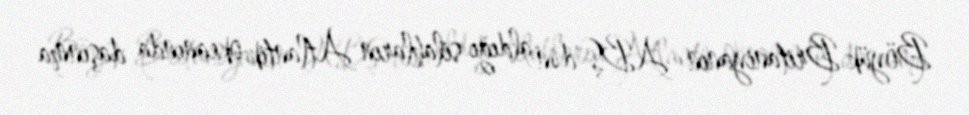
Böyük Britaniyanın ABŞ-dən aldığı silahların Atlantik okeanında daşınma